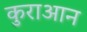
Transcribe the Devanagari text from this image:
कुराआन